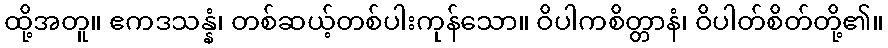
ထို့အတူ။ ဧကဒသန္နံ၊ တစ်ဆယ့်တစ်ပါးကုန်သော။ ဝိပါကစိတ္တာနံ၊ ဝိပါတ်စိတ်တို့၏။